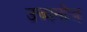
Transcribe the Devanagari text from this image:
उच्चनीच